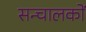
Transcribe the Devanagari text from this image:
सन्चालकों